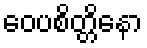
ဝေပစိတ္တိနော